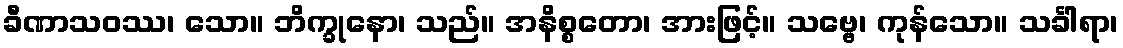
ခီဏာသဝဿ၊ သော။ ဘိက္ခုနော၊ သည်။ အနိစ္စတော၊ အားဖြင့်။ သဗ္ဗေ၊ ကုန်သော။ သင်္ခါရာ၊